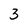
Character: 3